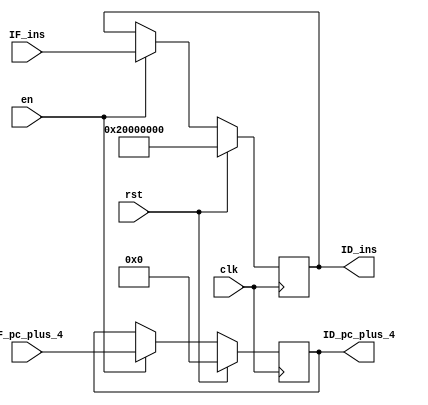
module IF_ID(clk, en, rst, IF_pc_plus_4, IF_ins, 
						   ID_pc_plus_4, ID_ins);
	input			clk;
	input			en;
	input			rst;
	input	[31:0]	IF_pc_plus_4;
	input	[31:0]	IF_ins;

	output	[31:0]	ID_pc_plus_4;
	output	[31:0]	ID_ins;

	reg		[31:0]	pc_plus_4;
	reg		[31:0]	ins;

	initial begin
		pc_plus_4	= 0;
		ins			= 32'h2000_0000;
	end

	always @(posedge clk) begin
		if (rst) begin
			pc_plus_4	= 0;
			ins			= 32'h2000_0000;
		end
		else if (en) begin
			pc_plus_4	<=	IF_pc_plus_4;
			ins			<=	IF_ins;
		end
	end

	assign ID_pc_plus_4	=	pc_plus_4;
	assign ID_ins		=	ins;
endmodule